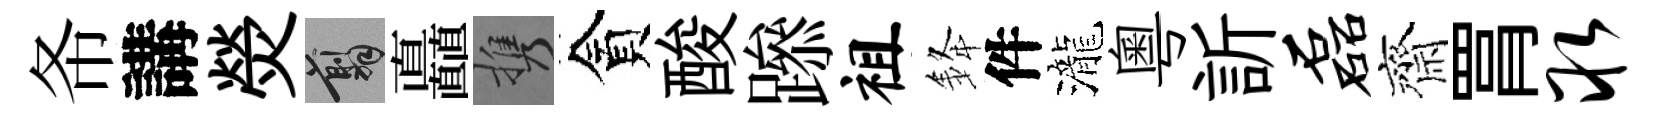
𢁙講熒翦矗携貪酸𨅶祖𨦟件瀧粵訢磊齊罥取